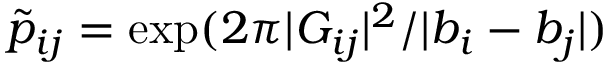
{ \tilde { p } } _ { i j } = \exp ( 2 \pi | { \cal G } _ { i j } | ^ { 2 } / | b _ { i } - b _ { j } | )